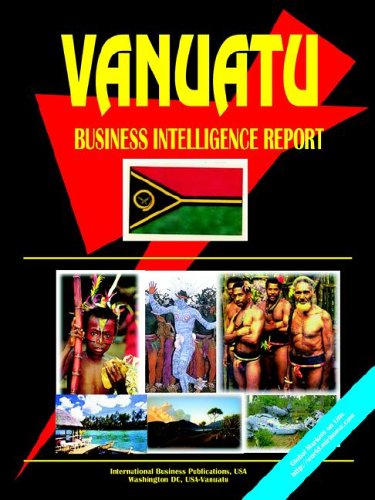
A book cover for Vanuatu Business Inteligence Report; Travel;